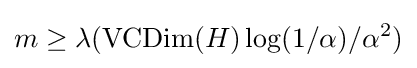
m\geq \lambda (\operatorname {VCDim} (H)\log(1/\alpha )/\alpha ^{2})\,\!